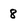
Character: 8